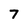
Character: 7